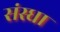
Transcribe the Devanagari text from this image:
संस्धा